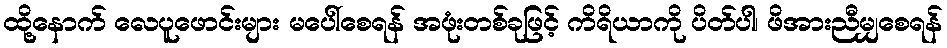
ထို့နောက် လေပူဖောင်းများ မပေါ်စေရန် အဖုံးတစ်ခုဖြင့် ကိရိယာကို ပိတ်ပါ၊ ဖိအားညီမျှစေရန်